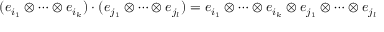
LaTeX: ( e _ { i _ { 1 } } \otimes \cdots \otimes e _ { i _ { k } } ) \cdot ( e _ { j _ { 1 } } \otimes \cdots \otimes e _ { j _ { l } } ) = e _ { i _ { 1 } } \otimes \cdots \otimes e _ { i _ { k } } \otimes e _ { j _ { 1 } } \otimes \cdots \otimes e _ { j _ { l } }